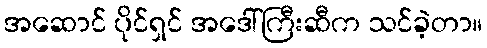
အဆောင် ပိုင်ရှင် အဒေါ်ကြီးဆီက သင်ခဲ့တာ။